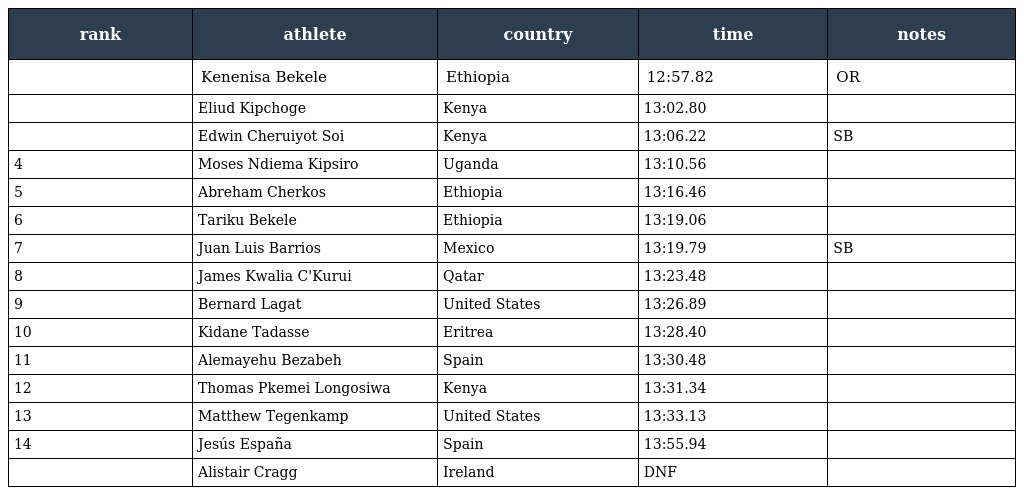
| rank | athlete | country | time | notes |
 | --- | --- | --- | --- | --- |
 |  | Kenenisa Bekele | Ethiopia | 12:57.82 | OR |
 |  | Eliud Kipchoge | Kenya | 13:02.80 |  |
 |  | Edwin Cheruiyot Soi | Kenya | 13:06.22 | SB |
 | 4 | Moses Ndiema Kipsiro | Uganda | 13:10.56 |  |
 | 5 | Abreham Cherkos | Ethiopia | 13:16.46 |  |
 | 6 | Tariku Bekele | Ethiopia | 13:19.06 |  |
 | 7 | Juan Luis Barrios | Mexico | 13:19.79 | SB |
 | 8 | James Kwalia C'Kurui | Qatar | 13:23.48 |  |
 | 9 | Bernard Lagat | United States | 13:26.89 |  |
 | 10 | Kidane Tadasse | Eritrea | 13:28.40 |  |
 | 11 | Alemayehu Bezabeh | Spain | 13:30.48 |  |
 | 12 | Thomas Pkemei Longosiwa | Kenya | 13:31.34 |  |
 | 13 | Matthew Tegenkamp | United States | 13:33.13 |  |
 | 14 | Jesús España | Spain | 13:55.94 |  |
 |  | Alistair Cragg | Ireland | DNF |  |